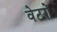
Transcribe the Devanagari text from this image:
वेटरों